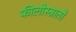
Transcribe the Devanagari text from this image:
फीलोस्त्रातो